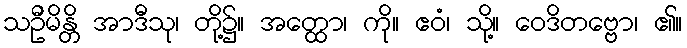
သဦမိန္တိ အာဒီသု၊ တို့၌။ အတ္ထော၊ ကို။ ဧဝံ၊ သို့။ ဝေဒိတဗ္ဗော၊ ၏။